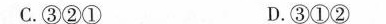
C.③②① D.③①②